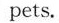
pets.